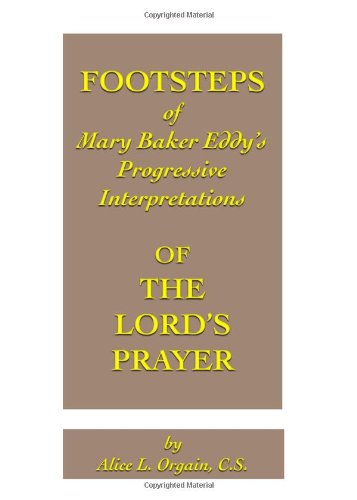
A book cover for FOOTSTEPS of Mary Baker Eddy's Progressive Interpretations OF THE LORD'S PRAYER; Alice L. Orgain C.S.; Christian Books & Bibles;